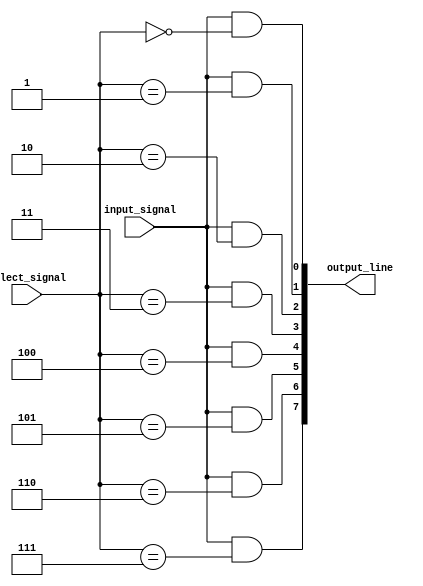
module demux_1to8 (
    input wire input_signal,
    input wire [2:0] select_signal,
    output wire [7:0] output_line
);

    assign output_line[0] = input_signal & (select_signal == 3'b000);
    assign output_line[1] = input_signal & (select_signal == 3'b001);
    assign output_line[2] = input_signal & (select_signal == 3'b010);
    assign output_line[3] = input_signal & (select_signal == 3'b011);
    assign output_line[4] = input_signal & (select_signal == 3'b100);
    assign output_line[5] = input_signal & (select_signal == 3'b101);
    assign output_line[6] = input_signal & (select_signal == 3'b110);
    assign output_line[7] = input_signal & (select_signal == 3'b111);

endmodule